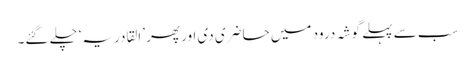
سب سے پہلے گوشہ درود میں حاضری دی اور پھر ’القادریہ‘ چلے گئے۔